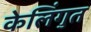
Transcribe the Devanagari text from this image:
केलिंगुत